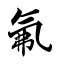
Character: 氟